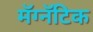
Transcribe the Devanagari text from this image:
मॅग्नॅटिक